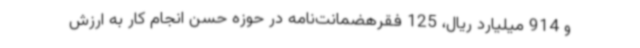
و 914 میلیارد ریال، 125 فقرهضمانت‌نامه در حوزه حسن انجام کار به ارزش